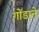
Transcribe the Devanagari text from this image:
गोंडाने